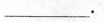
\underline.